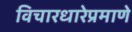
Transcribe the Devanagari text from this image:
विचारधारेप्रमाणे